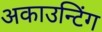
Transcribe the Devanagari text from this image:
अकाउन्टिंग